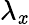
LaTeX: \lambda_{\mathit{x}}